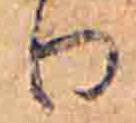
り